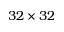
3 2 \times 3 2